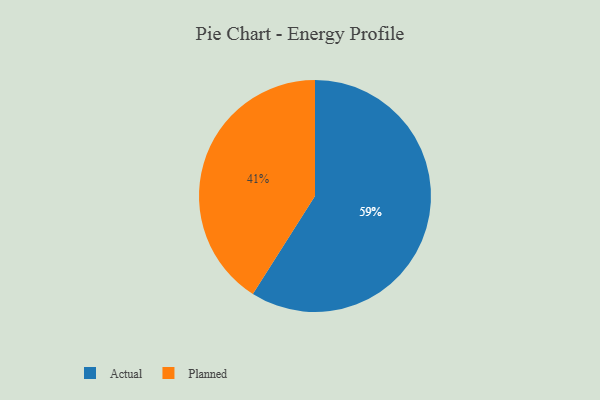
{"axis": {"x": "Category", "y": "Percentage"}, "legend": ["Actual", "Planned"], "data": [{"x": "Actual", "y": 59, "type": "Actual"}, {"x": "Planned", "y": 41, "type": "Planned"}]}